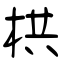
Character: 栱